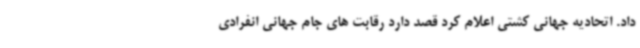
داد. اتحادیه جهانی کشتی اعلام کرد قصد دارد رقابت های جام جهانی انفرادی